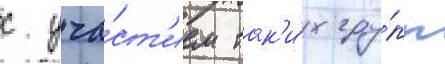
с уча́ст'ием так'и́х гру́пп